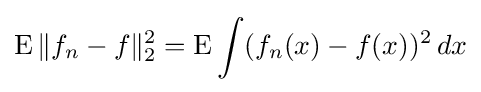
\operatorname {E} \|f_{n}-f\|_{2}^{2}=\operatorname {E} \int (f_{n}(x)-f(x))^{2}\,dx